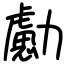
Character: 勴